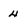
Character: 4